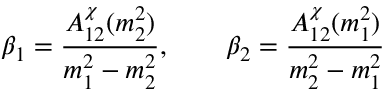
\beta _ { 1 } = { \frac { A _ { 1 2 } ^ { \chi } ( m _ { 2 } ^ { 2 } ) } { m _ { 1 } ^ { 2 } - m _ { 2 } ^ { 2 } } } , \qquad \beta _ { 2 } = { \frac { A _ { 1 2 } ^ { \chi } ( m _ { 1 } ^ { 2 } ) } { m _ { 2 } ^ { 2 } - m _ { 1 } ^ { 2 } } }